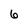
Character: 6